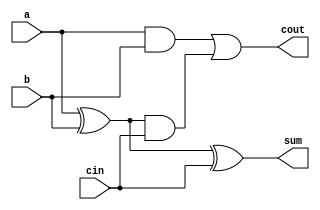
// 
`timescale 1ns/1ns
//  module FullAdder  ports
module FullAdder( a, b, cin, sum, cout );
//  ports  input output
input a, b, cin;
output sum, cout;
// sum  a XOR b XOR cin
assign sum = a ^ b ^ cin;
// cout  ( a AND b ) OR ( ( A XOR B ) AND cin )
assign cout = (a & b) | ((a ^ b) & cin);

endmodule